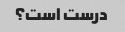
درست است؟